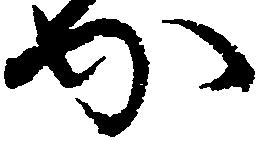
か